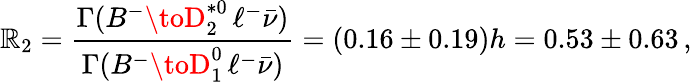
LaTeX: \mathbb{R}_{2}=\frac{{\Gamma(B^{-}\toD_{2}^{*0}\, \ell^{-}\bar{{\nu}})}}{{\Gamma(B^{-}\toD_{1}^{0}\, \ell^{-}\bar{{\nu}})}}=(0.16\pm0.19)h=0.53\pm0.63\, ,